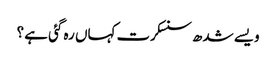
ویسے شدھ سنسکرت کہاں رہ گئی ہے ؟